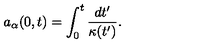
a _ { \alpha } ( 0 , t ) = \int _ { 0 } ^ { t } { \frac { d t ^ { \prime } } { \kappa ( t ^ { \prime } ) } } .